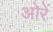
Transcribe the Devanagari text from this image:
ओरें